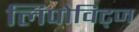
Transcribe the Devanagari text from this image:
लिपोविट्ज